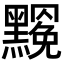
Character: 𪒣